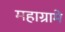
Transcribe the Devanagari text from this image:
महाग्रामे